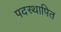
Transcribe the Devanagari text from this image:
पदस्‍थापित